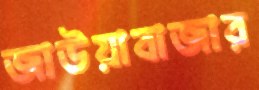
জাউয়াবাজার